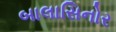
બાલાસિનોર